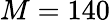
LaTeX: M=140